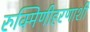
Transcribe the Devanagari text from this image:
रुक्मिणीहरणाशी